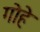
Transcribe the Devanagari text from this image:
गोहे